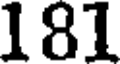
181